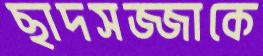
ছাদসজ্জাকে